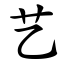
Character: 艺